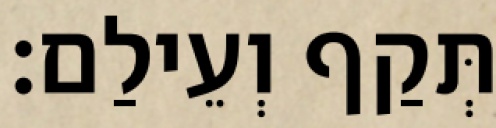
תְּקַף וְעֵילַם׃